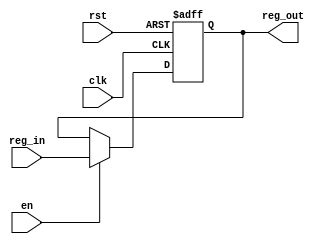
module Resgister( clk,rst,en,reg_in,reg_out);
input clk,rst,en;
input [15:0]reg_in;
output reg [15:0]reg_out;
always @ (posedge clk or posedge rst)
begin
if (rst )
reg_out<= 16'b0;
else if (en)
reg_out<= reg_in;
end
endmodule